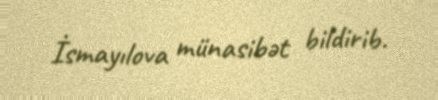
İsmayılova münasibət bildirib.